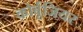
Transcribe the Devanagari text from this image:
कोर्बूजियर